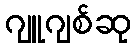
ဂျူဂျစ်ဆု